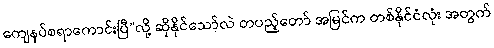
ကျေနပ်စရာကောင်းပြီ”လို့ ဆိုနိုင်သော်လဲ တပည့်တော် အမြင်က တစ်နိုင်ငံလုံး အတွက်